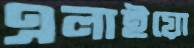
এলাইয়ো